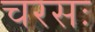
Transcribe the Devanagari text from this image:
चरसः